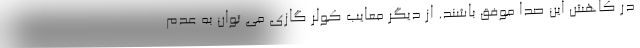
در کاهش این صدا موفق باشند. از دیگر معایب کولر گازی می توان به عدم